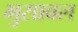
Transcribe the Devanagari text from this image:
भुुसावल